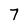
Character: 7